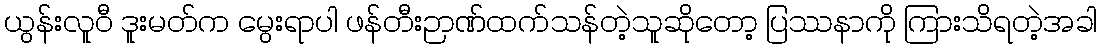
ယွန်းလူဝီ ဒူးမတ်က မွေးရာပါ ဖန်တီးဉာဏ်ထက်သန်တဲ့သူဆိုတော့ ပြဿနာကို ကြားသိရတဲ့အခါ